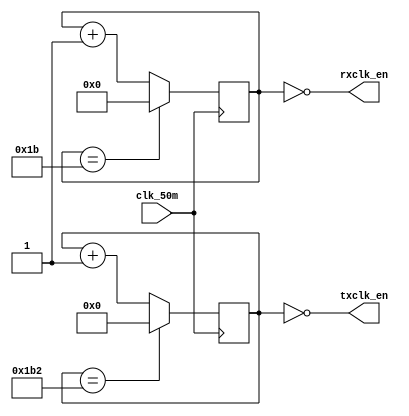
/* codigo extraido do repositorio https://github.com/jamieiles/uart*/

/*
 * Hacky baud rate generator to divide a 50MHz clock into a 115200 baud
 * rx/tx pair where the rx clcken oversamples by 16x.
 */
module baud_rate_gen(input wire clk_50m,
		     output wire rxclk_en,
		     output wire txclk_en);

parameter RX_ACC_MAX = 50000000 / (115200 * 16);
parameter TX_ACC_MAX = 50000000 / 115200;
parameter RX_ACC_WIDTH = $clog2(RX_ACC_MAX);
parameter TX_ACC_WIDTH = $clog2(TX_ACC_MAX);
reg [RX_ACC_WIDTH - 1:0] rx_acc = 0;
reg [TX_ACC_WIDTH - 1:0] tx_acc = 0;

assign rxclk_en = (rx_acc == 5'd0);
assign txclk_en = (tx_acc == 9'd0);

always @(posedge clk_50m) begin
	if (rx_acc == RX_ACC_MAX[RX_ACC_WIDTH - 1:0])
		rx_acc <= 0;
	else
		rx_acc <= rx_acc + 5'b1;
end

always @(posedge clk_50m) begin
	if (tx_acc == TX_ACC_MAX[TX_ACC_WIDTH - 1:0])
		tx_acc <= 0;
	else
		tx_acc <= tx_acc + 9'b1;
end

endmodule